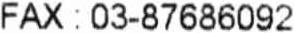
FAX : 03-87686092